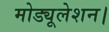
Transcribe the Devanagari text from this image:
मोड्यूलेशन।